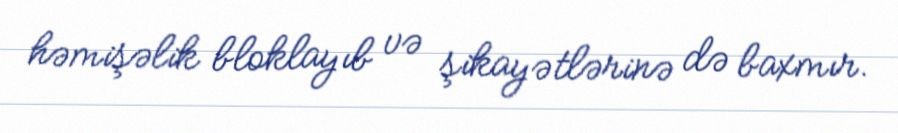
həmişəlik bloklayıb və şikayətlərinə də baxmır.